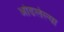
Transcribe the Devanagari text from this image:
ओढलेल्या